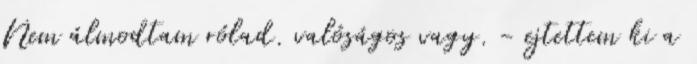
Nem álmodtam rólad. valóságos vagy. - ejtettem ki a